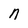
Character: n